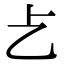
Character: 𠧒